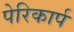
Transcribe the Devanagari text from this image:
पेरिकार्प